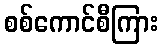
စစ်ကောင်စီကြား